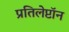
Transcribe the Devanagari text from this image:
प्रतिलेप्टॉन